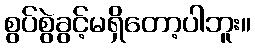
စွပ်စွဲခွင့်မရှိတော့ပါဘူး။